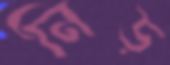
নিড়